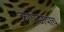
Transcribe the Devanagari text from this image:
कापडाचाच